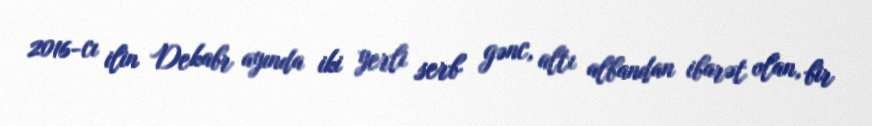
2016-cı ilin Dekabr ayında iki yerli serb gənc, altı albandan ibarət olan, bir